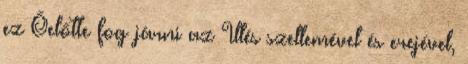
ez Őelőtte fog járni az Illés szellemével és erejével,